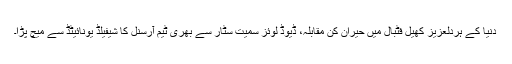
دنیا کے ہردلعزیز کھیل فٹبال میں حیران کن مقابلہ، ڈیوڈ لوئز سمیت سٹار سے بھری ٹیم آرسنل کا شیفیلڈ یونائیٹڈ سے میچ پڑا۔